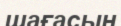
шағасын